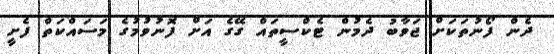
ދެން ފޯނުތަކަށް ޖަވާބު ދެމުން ޓެކްސީތައް ގޭގެ އަށް ފޮނުވުމުގެ މަސައްކަތް ފެށީ